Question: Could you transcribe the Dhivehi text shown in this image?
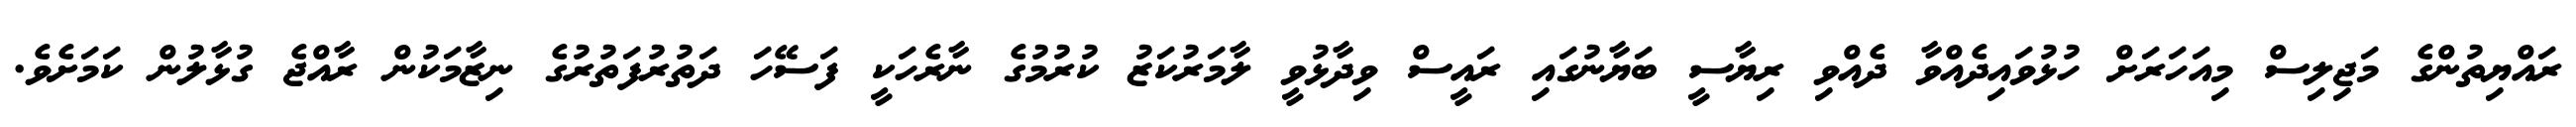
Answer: ރައްޔިތުންގެ މަޖިލިސް މިއަހަރަށް ހުޅުވައިދެއްވާ ދެއްވި ރިޔާސީ ބަޔާނުގައި ރައީސް ވިދާޅުވީ ލާމަރުކަޒު ކުރުމުގެ ނާރެހަކީ ފަސޭހަ ދަތުރުފަތުރުގެ ނިޒާމަކުން ރާއްޖެ ގުޅާލުން ކަމަށެވެ.